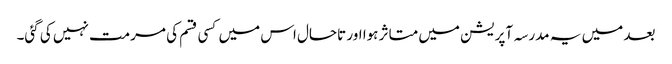
بعد میں یہ مدرسہ آپریشن میں متاثر ہوا اور تاحال اس میں کسی قسم کی مرمت نہیں کی گئی۔